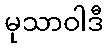
မုသာဝါဒီ